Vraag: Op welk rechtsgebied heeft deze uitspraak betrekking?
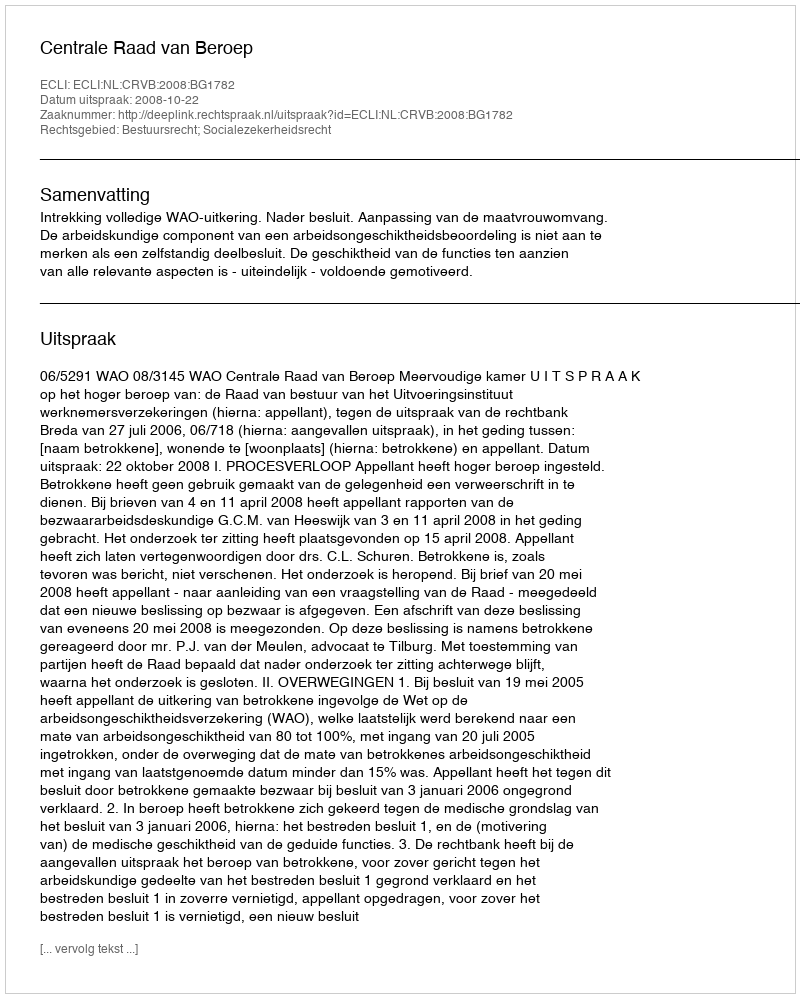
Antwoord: Bestuursrecht; Socialezekerheidsrecht